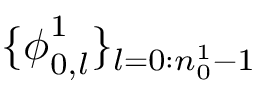
\{ \boldsymbol { \phi } _ { 0 , l } ^ { 1 } \} _ { l = 0 : n _ { 0 } ^ { 1 } - 1 }